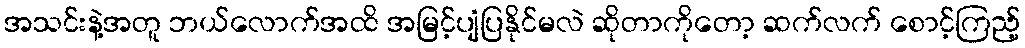
အသင်းနဲ့အတူ ဘယ်လောက်အထိ အမြင့်ပျံပြနိုင်မလဲ ဆိုတာကိုတော့ ဆက်လက် စောင့်ကြည့်